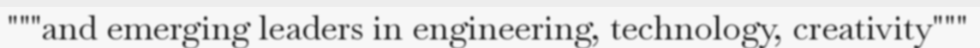
"""and emerging leaders in engineering, technology, creativity"""